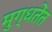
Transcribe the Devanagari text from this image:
मुग्धतेंत